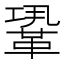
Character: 𩊳